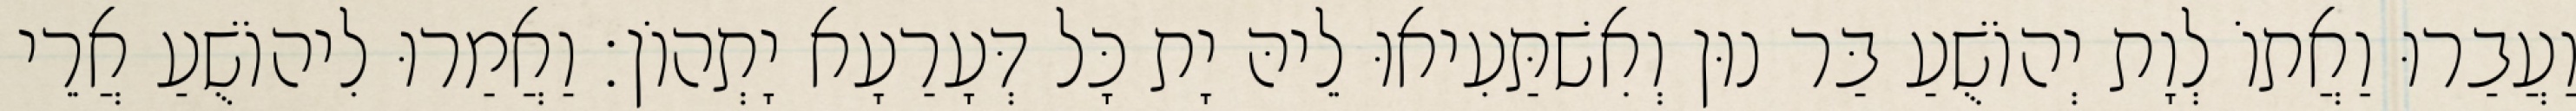
וַעֲבַרוּ וַאֲתוֹ לְוָת יְהוֹשֻׁעַ בַּר נוּן וְאִשׁתַּעִיאוּ לֵיהּ יָת כָּל דְּעָרַעָא יָתְהוֹן׃ וַאֲמַרוּ לִיהוֹשֻׁעַ אֲרֵי